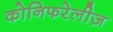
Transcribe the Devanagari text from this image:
कोनिफरेलीज़